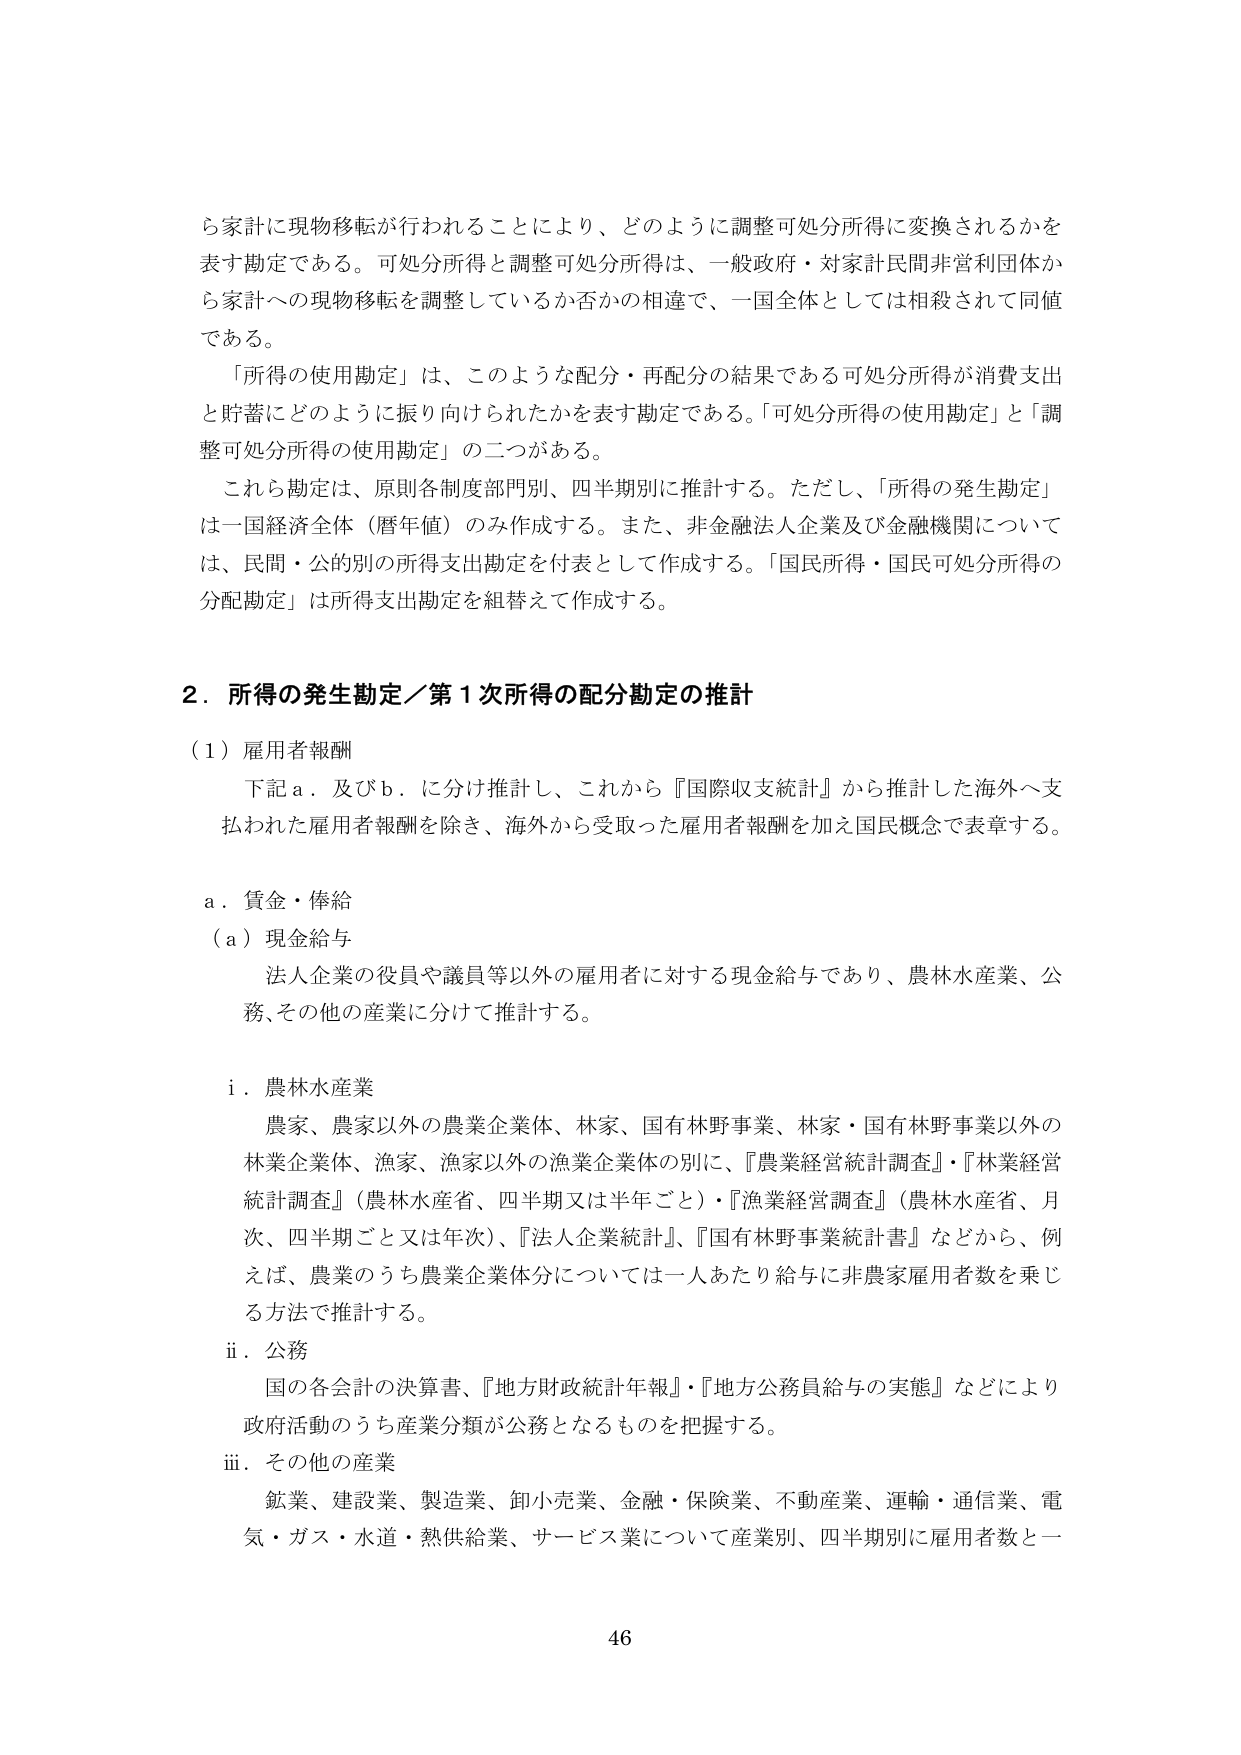
ら家計に現物移転が行われることにより、どのように調整可処分所得に変換されるかを表す勘定である。可処分所得と調整可処分所得は、一般政府・対家計民間非営利団体から家計への現物移転を調整しているか否かの相違で、一国全体としては相殺されて同値である。

「所得の使用勘定」は、このような配分・再配分の結果である可処分所得が消費支出と貯蓄にどのように振り向けられたかを表す勘定である。「可処分所得の使用勘定」と「調整可処分所得の使用勘定」の二つがある。

これら勘定は、原則各制度部門別、四半期別に推計する。ただし、「所得の発生勘定」は一国経済全体（暦年値）のみ作成する。また、非金融法人企業及び金融機関については、民間・公的別の所得支出勘定を付表として作成する。「国民所得・国民可処分所得の分配勘定」は所得支出勘定を組替えて作成する。

2．所得の発生勘定／第1次所得の配分勘定の推計

（1）雇用者報酬

下記a．及びb．に分け推計し、これから『国際収支統計』から推計した海外へ支払われた雇用者報酬を除き、海外から受取った雇用者報酬を加え国民概念で表章する。

a．賃金・俸給

（a）現金給与

法人企業の役員や議員等以外の雇用者に対する現金給与であり、農林水産業、公務、その他の産業に分けて推計する。

i．農林水産業

農家、農家以外の農業企業体、林家、国有林野事業、林家・国有林野事業以外の林業企業体、漁家、漁家以外の漁業企業体の別に、『農業経営統計調査』・『林業経営統計調査』（農林水産省、四半期又は半年ごと）・『漁業経営調査』（農林水産省、月次、四半期ごと又は年次）、『法人企業統計』、『国有林野事業統計書』などから、例えば、農業のうち農業企業体分については一人あたり給与に非農家雇用者数を乗じる方法で推計する。

ii．公務

国の各会計の決算書、『地方財政統計年報』・『地方公務員給与の実態』などにより政府活動のうち産業分類が公務となるものを把握する。

iii．その他の産業

鉱業、建設業、製造業、卸小売業、金融・保険業、不動産業、運輸・通信業、電気・ガス・水道・熱供給業、サービス業について産業別、四半期別に雇用者数と一

46